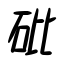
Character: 砒